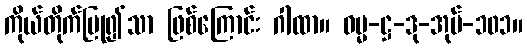
ကိုယ်တိုက်ပြု၍သာ ဖြစ်ကြောင်း ဂါထာ။ ဓမ္မ-ဋ္ဌ-ဒု-အုပ်-၁၀၁။